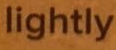
lightly